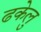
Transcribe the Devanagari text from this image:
ढकेलु